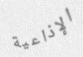
الإذاعية